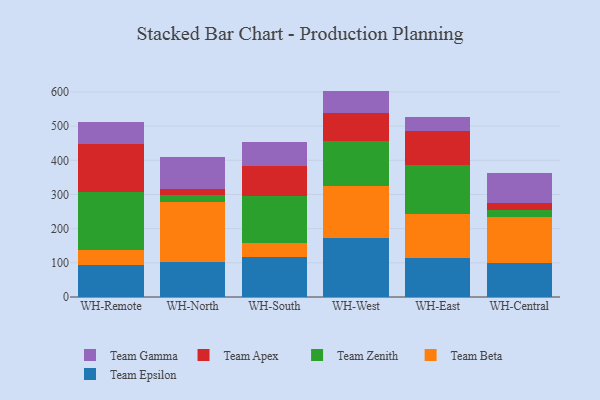
{"axis": {"x": "Warehouse", "y": "Backlog"}, "legend": ["Team Apex", "Team Beta", "Team Epsilon", "Team Gamma", "Team Zenith"], "data": [{"x": "WH-Remote", "y": 92.3, "type": "Team Epsilon"}, {"x": "WH-Remote", "y": 45.3, "type": "Team Beta"}, {"x": "WH-Remote", "y": 169.3, "type": "Team Zenith"}, {"x": "WH-Remote", "y": 139.4, "type": "Team Apex"}, {"x": "WH-Remote", "y": 66.1, "type": "Team Gamma"}, {"x": "WH-North", "y": 101.5, "type": "Team Epsilon"}, {"x": "WH-North", "y": 177.1, "type": "Team Beta"}, {"x": "WH-North", "y": 20.4, "type": "Team Zenith"}, {"x": "WH-North", "y": 16.4, "type": "Team Apex"}, {"x": "WH-North", "y": 94.4, "type": "Team Gamma"}, {"x": "WH-South", "y": 118.5, "type": "Team Epsilon"}, {"x": "WH-South", "y": 39.7, "type": "Team Beta"}, {"x": "WH-South", "y": 137.1, "type": "Team Zenith"}, {"x": "WH-South", "y": 86.9, "type": "Team Apex"}, {"x": "WH-South", "y": 69.9, "type": "Team Gamma"}, {"x": "WH-West", "y": 171.2, "type": "Team Epsilon"}, {"x": "WH-West", "y": 152.3, "type": "Team Beta"}, {"x": "WH-West", "y": 133.2, "type": "Team Zenith"}, {"x": "WH-West", "y": 82.1, "type": "Team Apex"}, {"x": "WH-West", "y": 64.4, "type": "Team Gamma"}, {"x": "WH-East", "y": 115.5, "type": "Team Epsilon"}, {"x": "WH-East", "y": 128.6, "type": "Team Beta"}, {"x": "WH-East", "y": 143.6, "type": "Team Zenith"}, {"x": "WH-East", "y": 99.3, "type": "Team Apex"}, {"x": "WH-East", "y": 39.5, "type": "Team Gamma"}, {"x": "WH-Central", "y": 100.3, "type": "Team Epsilon"}, {"x": "WH-Central", "y": 135.1, "type": "Team Beta"}, {"x": "WH-Central", "y": 19.1, "type": "Team Zenith"}, {"x": "WH-Central", "y": 21.1, "type": "Team Apex"}, {"x": "WH-Central", "y": 87.8, "type": "Team Gamma"}]}